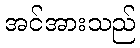
အင်အားသည်